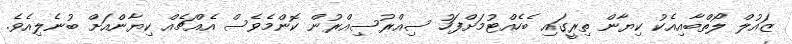
ޒައުލް ލޯތްބާއިއެކު ކިޔާން ތިރީގައި ބެހެއްޓުމަށްފަހު ސިއްރުސިއްރުން ކޮންމެވެސް އެއްޗެއް ކިޔާންއަށް ބުނެލިއެވެ.